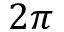
2 \pi